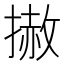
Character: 𢲳